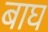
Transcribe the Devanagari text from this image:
बाघ्‍ा